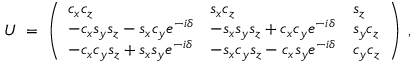
U \; = \; \left( \begin{array} { l l l } { { c _ { x } c _ { z } } } & { { s _ { x } c _ { z } } } & { { s _ { z } } } \\ { { - c _ { x } s _ { y } s _ { z } - s _ { x } c _ { y } e ^ { - i \delta } } } & { { - s _ { x } s _ { y } s _ { z } + c _ { x } c _ { y } e ^ { - i \delta } } } & { { s _ { y } c _ { z } } } \\ { { - c _ { x } c _ { y } s _ { z } + s _ { x } s _ { y } e ^ { - i \delta } } } & { { - s _ { x } c _ { y } s _ { z } - c _ { x } s _ { y } e ^ { - i \delta } } } & { { c _ { y } c _ { z } } } \end{array} \right) \; ,